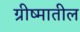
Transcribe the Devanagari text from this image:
ग्रीष्मातील